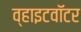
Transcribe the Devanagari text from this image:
व्हाइटवॉटर